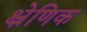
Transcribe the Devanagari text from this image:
क्ष्रेणिक